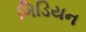
ગિડિયન